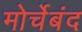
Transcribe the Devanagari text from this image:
मोर्चेबंद